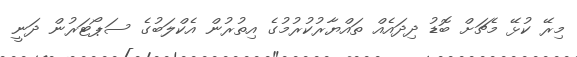
މިރޭ ކުޅޭ މެޗަށް ބޮޑު ދިދައެއް ތައްޔާރުކުރުމުގެ އިތުރުން އެކްލަބުގެ ސަޕޯޓަރުން ދަނީ